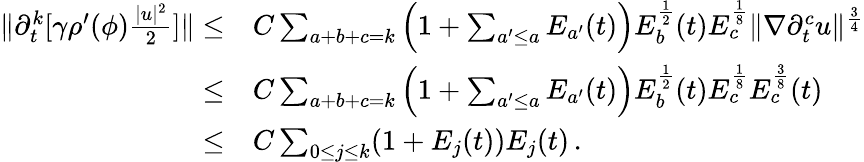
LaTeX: \begin{array}{rl}{\| \partial_{t}^{k}[\gamma\rho^{\prime}(\phi)\frac{|u|^{2}}{2}]\| \leq}&{C\sum_{a+b+c=k}\Big(1+\sum_{a^{\prime}\leq a}E_{a^{\prime}}(t)\Big)E_{b}^{\frac{1}{2}}(t)E_{c}^{\frac{1}{8}}\| \nabla\partial_{t}^{c}u\| ^{\frac{3}{4}}}\\ {\leq}&{C\sum_{a+b+c=k}\Big(1+\sum_{a^{\prime}\leq a}E_{a^{\prime}}(t)\Big)E_{b}^{\frac{1}{2}}(t)E_{c}^{\frac{1}{8}}E_{c}^{\frac{3}{8}}(t)}\\ {\leq}&{C\sum_{0\leq j\leq k}(1+E_{j}(t))E_{j}(t)\, .}\end{array}